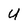
Character: U